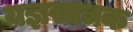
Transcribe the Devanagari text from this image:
यज्ञसाधक